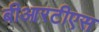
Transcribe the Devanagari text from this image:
बीआरटीएस